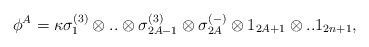
\begin{align*}\phi^A = \kappa \sigma^{(3)}_1 \otimes..\otimes \sigma^{(3)}_{2A-1}\otimes\sigma_{2A}^{(-)} \otimes 1_{2A+1}\otimes.. 1_{2n+1} ,\end{align*}